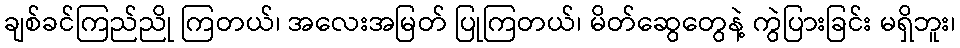
ချစ်ခင်ကြည်ညို ကြတယ်၊ အလေးအမြတ် ပြုကြတယ်၊ မိတ်ဆွေတွေနဲ့ ကွဲပြားခြင်း မရှိဘူး၊